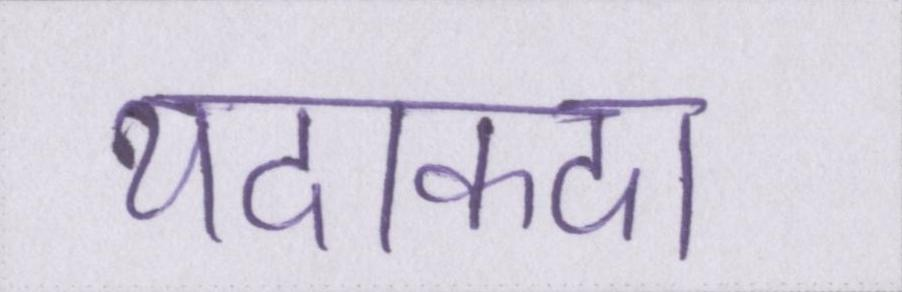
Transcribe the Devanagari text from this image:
यदाकदा